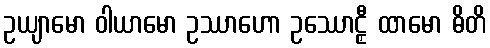
ဥယျာမော ဝါယာမော ဥဿာဟော ဥဿောဠှီ ထာမော ဓိတိ